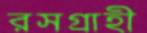
রসগ্রাহী